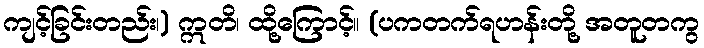
ကျင့်ခြင်းတည်း၊) ဣတိ၊ ထို့ကြောင့်။ (ပကတက်ရဟန်းတို့ အတူတကွ